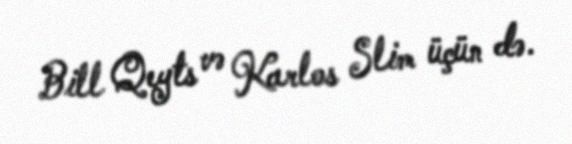
Bill Qeyts və Karlos Slim üçün də.